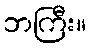
ဘကြီး။